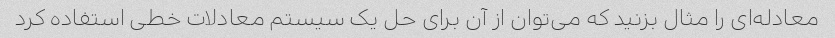
معادله‌ای را مثال بزنید که می‌توان از آن برای حل یک سیستم معادلات خطی استفاده کرد